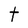
Character: t